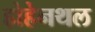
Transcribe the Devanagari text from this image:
होहेनथल